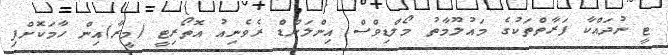
ޓީ ނުދައްކާ ފަރާތްތަކުގެ މައުލޫމާތު މޯލްޑިވްސް އިންލަންޑް ރެވެނިއު އޮތޯރިޓީ (މީރާ)އިން ހާމަކޮށްފި